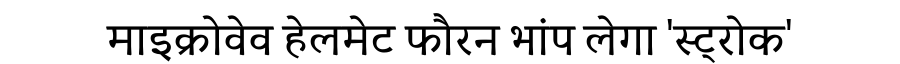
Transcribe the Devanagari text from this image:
माइक्रोवेव हेलमेट फौरन भांप लेगा 'स्ट्रोक'